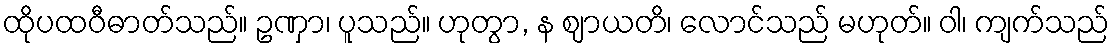
ထိုပထဝီဓာတ်သည်။ ဥဏှာ၊ ပူသည်။ ဟုတွာ, န ဈာယတိ၊ လောင်သည် မဟုတ်။ ဝါ၊ ကျက်သည်